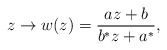
\begin{align*}z\to w(z) = \frac{ az+b}{ b^* z +a^*},\end{align*}